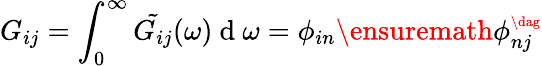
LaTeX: G_{ij}=\int_{0}^{\infty}\tilde{G_{ij}}(\omega)\mathrm{~d~}\omega=\phi_{in}\ensuremath{\phi_{nj}^{\scriptscriptstyle\dag}}